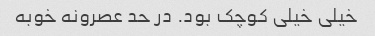
خیلی خیلی کوچک بود. در حد عصرونه خوبه